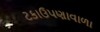
ટકાઉપણાવાળા